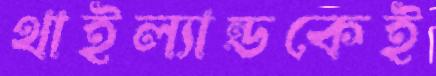
থাইল্যান্ডকেই